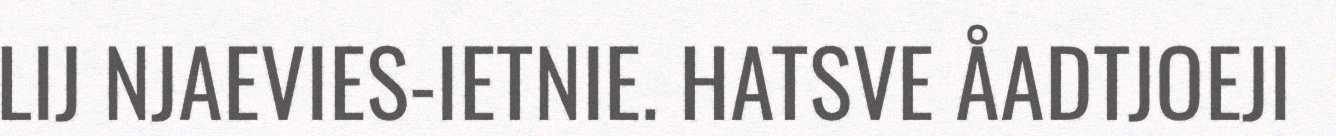
LIJ NJAEVIES-IETNIE. HATSVE ÅADTJOEJI